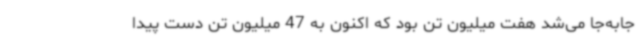
جابه‌جا می‌شد هفت میلیون تن بود که اکنون به 47 میلیون تن دست پیدا